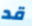
قد